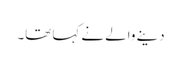
دینے والے نے کہا تھا۔